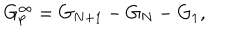
G _ { p } ^ { \infty } = G _ { N + 1 } - G _ { N } - G _ { 1 } ,